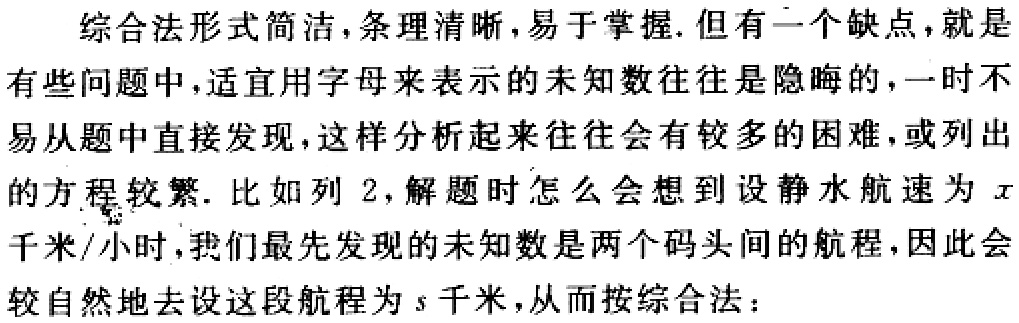
综合法形式简洁,条理清晰,易于掌握.但有一个缺点,就是有些问题中,适宜用字母来表示的未知数往往是隐晦的,一时不易从题中直接发现,这样分析起来往往会有较多的困难,或列出的方程较繁. 比如列 2,解题时怎么会想到设静水航速为 \(x\)千米/小时,我们最先发现的未知数是两个码头间的航程,因此会较自然地去设这段航程为 \(s\)千米,从而按综合法：